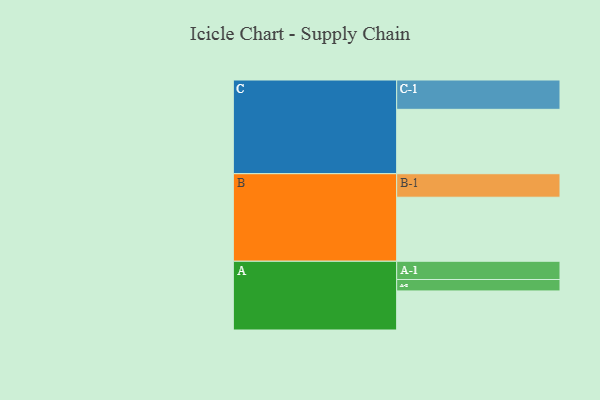
{"axis": {"x": "Segment", "y": "Value"}, "legend": ["", "A", "B", "C"], "data": [{"x": "A", "y": 349, "type": ""}, {"x": "B", "y": 572, "type": ""}, {"x": "C", "y": 575, "type": ""}, {"x": "A-1", "y": 163, "type": "A"}, {"x": "A-2", "y": 102, "type": "A"}, {"x": "B-1", "y": 210, "type": "B"}, {"x": "C-1", "y": 262, "type": "C"}]}